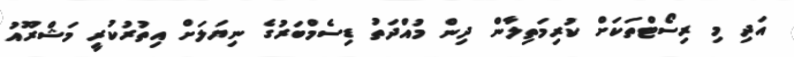
އަދި މި ރިސޯޓްތަކަށް ކުރިމަތިލާން ދިން މުއްދަތު ޑިސެމްބަރުގެ ނިޔަލަށް އިތުރުކުރީ މަޝްރޫއު